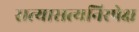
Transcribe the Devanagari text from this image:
सत्यासत्यनिरपेक्ष